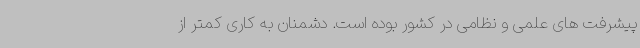
پیشرفت های علمی و نظامی در کشور بوده است. دشمنان به کاری کمتر از